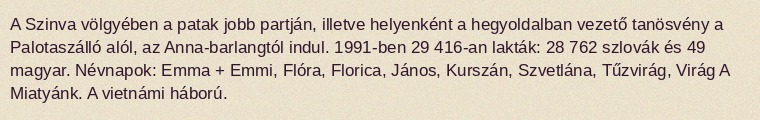
A Szinva völgyében a patak jobb partján, illetve helyenként a hegyoldalban vezető tanösvény a Palotaszálló alól, az Anna-barlangtól indul. 1991-ben 29 416-an lakták: 28 762 szlovák és 49 magyar. Névnapok: Emma + Emmi, Flóra, Florica, János, Kurszán, Szvetlána, Tűzvirág, Virág A Miatyánk. A vietnámi háború.